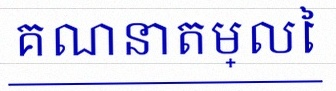
គណនាតម្លៃ